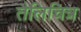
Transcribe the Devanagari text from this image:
तैलिचित्र